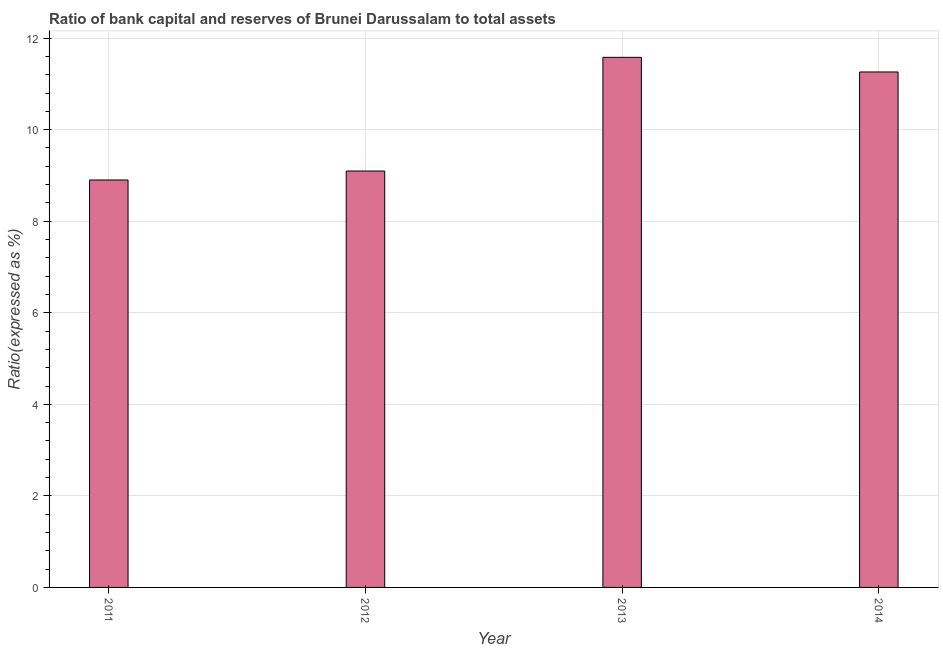
| Year | Bank capital to assets ratio |
 | --- | --- |
 | 2011 | 8.9 |
 | 2012 | 9.1 |
 | 2013 | 11.6 |
 | 2014 | 11.3 |